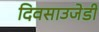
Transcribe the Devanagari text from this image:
दिवसाउजेडी